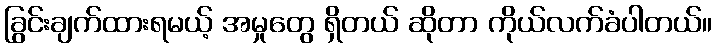
ခြွင်းချက်ထားရမယ့် အမှုတွေ ရှိတယ် ဆိုတာ ကိုယ်လက်ခံပါတယ်။